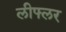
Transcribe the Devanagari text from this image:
लीफ्लर